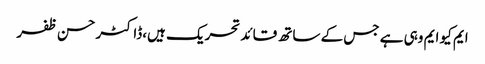
ایم کیو ایم وہی ہے جس کے ساتھ قائد تحریک ہیں،ڈاکٹر حسن ظفر